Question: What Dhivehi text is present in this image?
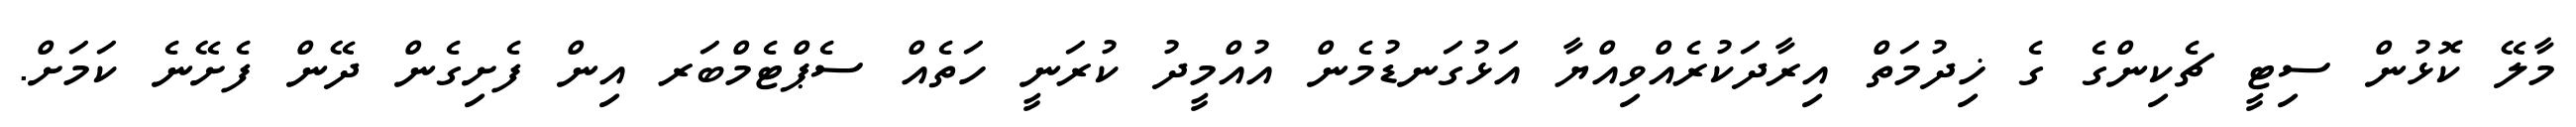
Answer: މާލޭ ކޮޅުން ސިޓީ ޗެކިންގެ ގެ ޚިދުމަތް އިރާދަކުރެއްވިއްޔާ އަޅުގަނޑުމެން އުއްމީދު ކުރަނީ ހަތެއް ސެޕްޓެމްބަރ އިން ފެށިގެން ދޭން ފެށޭނެ ކަމަށް.